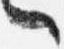
言